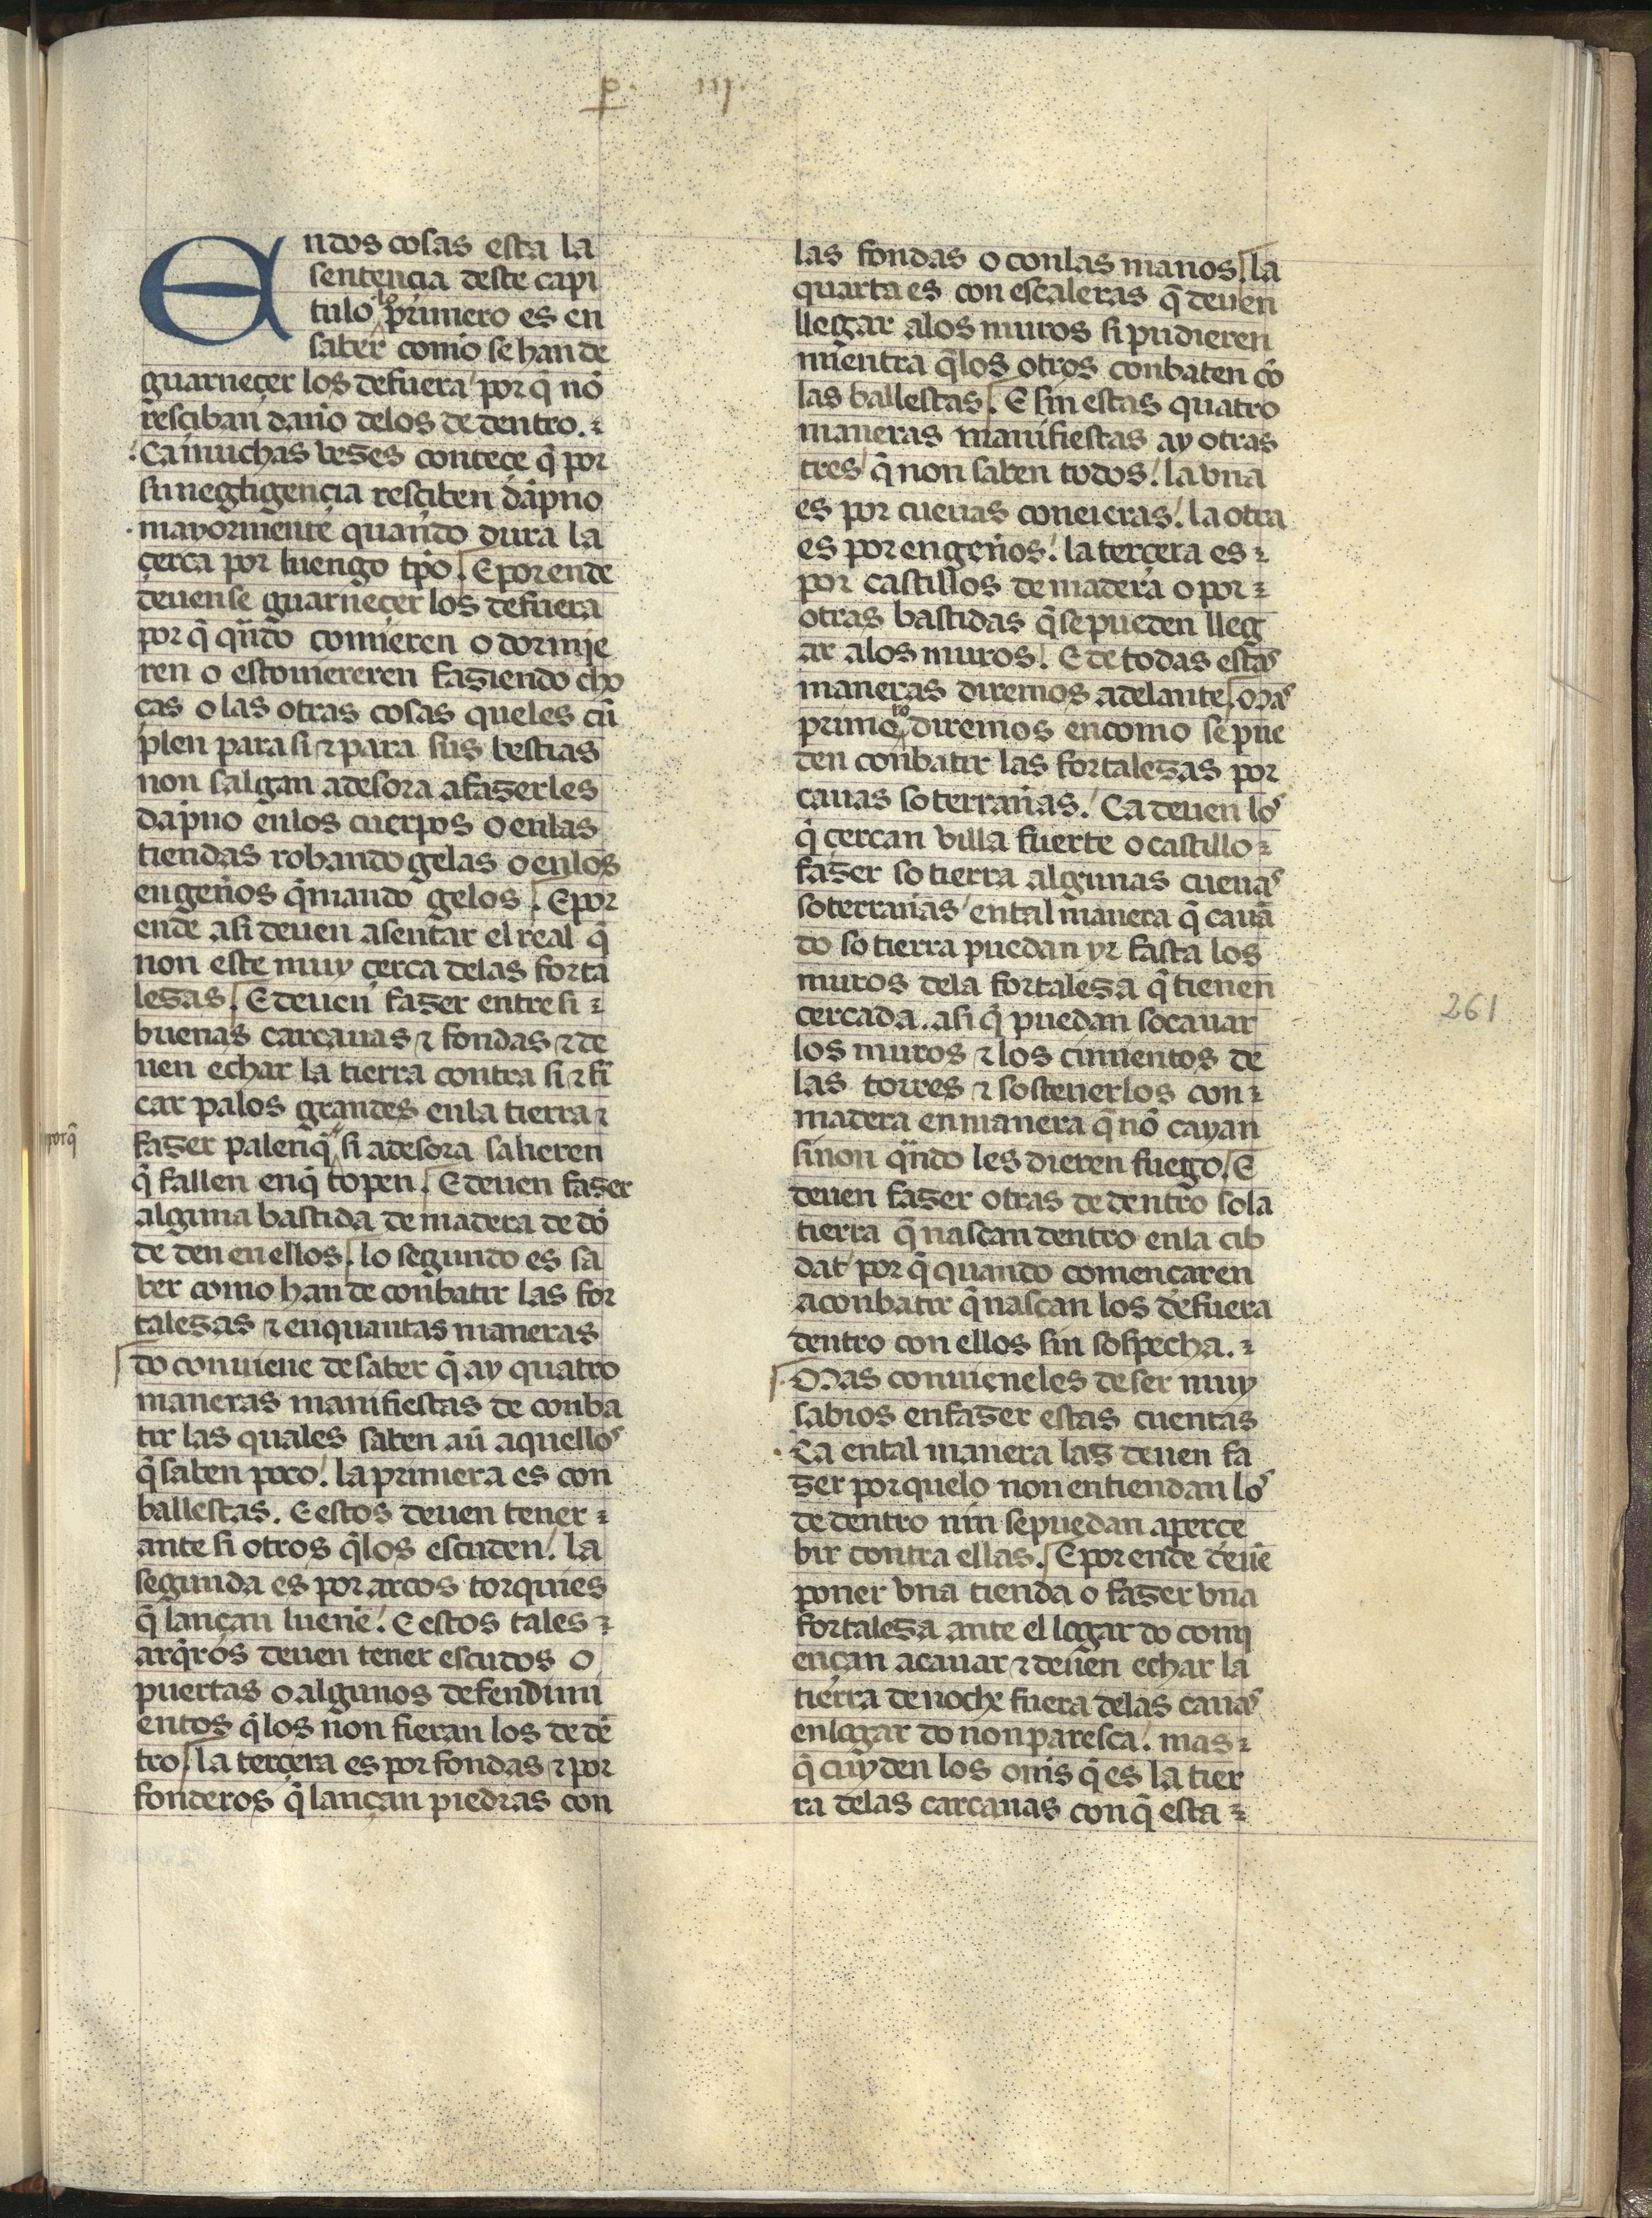
Shelfmark: Madrid, Fundación Lázaro Galdiano, mss 289
Century: 15